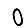
Digit: 0